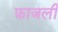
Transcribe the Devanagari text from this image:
फ़ाजली